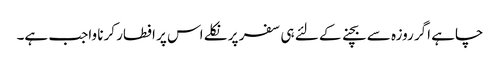
چاہے اگر روزہ سے بچنے کے لئے ہی سفر پر نکلے اس پر افطار کرنا واجب ہے۔